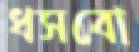
ধসবো